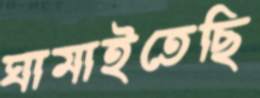
ঘামাইতেছি